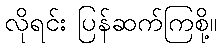
လိုရင်း ပြန်ဆက်ကြစို့။